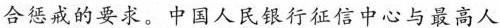
合惩戒的要求。中国人民银行征信中心与最高人